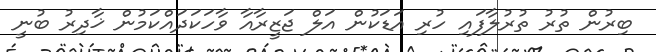
ބިރުން ތުރު ތުރުލާފައި ހުރި އަޑަކުން އަލް ޖަޒީރާއާ ވާހަކަދައްކަމުން ޚާދިރު ބުނީ